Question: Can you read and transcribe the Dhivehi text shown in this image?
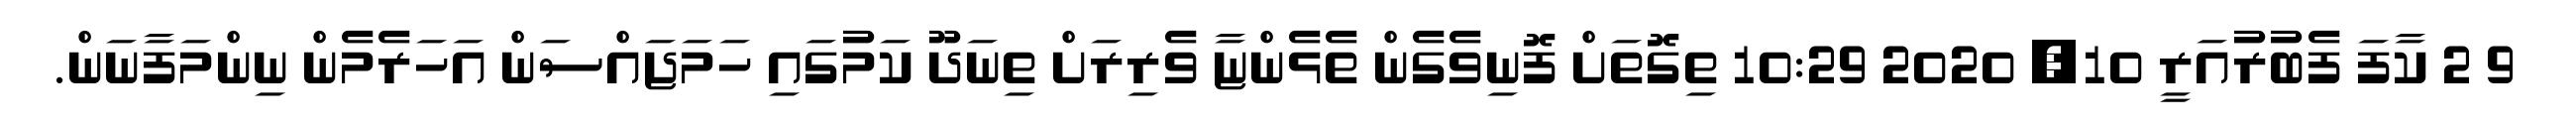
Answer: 9 2 ކާފަ ފެބުރުއަރީ 10, 2020 10:29 ތިގޮތަށް ފޮނިވެގެން ތެޅެންޏާ ވެރިރަށް ތިނަދޫ ކަމުގައި ހަމަޖައްސަން އަހަރެމެން ނިންމަފާނަން.